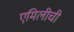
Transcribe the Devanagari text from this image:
एमिलीची